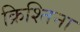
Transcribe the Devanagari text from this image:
क्रिश्तिना